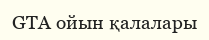
GTA ойын қалалары